Problem: 23 + 7 = ?
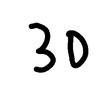
Handwritten answer: 30